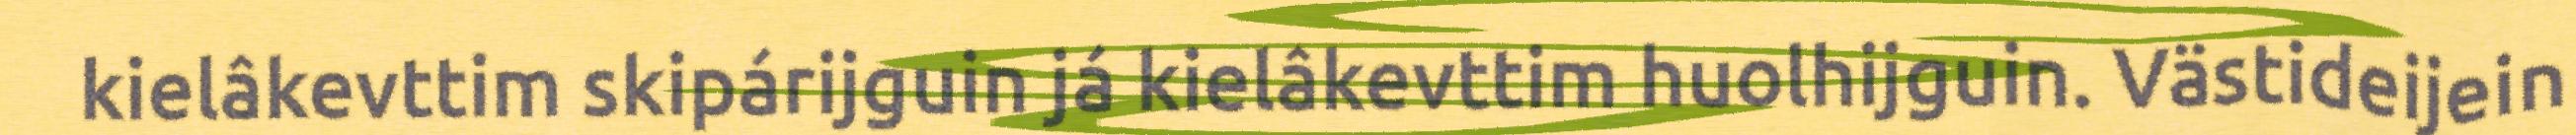
kielâkevttim skipárijguin já kielâkevttim huolhijguin. Västideijein